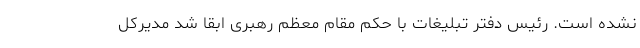
نشده است. رئیس دفتر تبلیغات با حکم مقام معظم رهبری ابقا شد مدیرکل